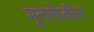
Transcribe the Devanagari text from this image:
मुनाफे़की़न